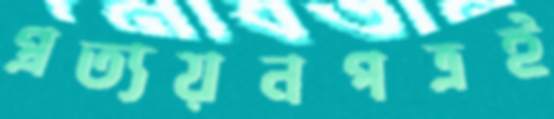
প্রত্যয়নপত্রই